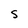
Character: S